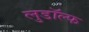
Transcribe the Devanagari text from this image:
लुडॉल्फ